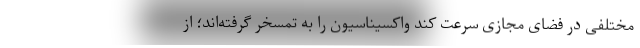
مختلفی در فضای مجازی سرعت کند واکسیناسیون را به تمسخر گرفته‌اند؛ از